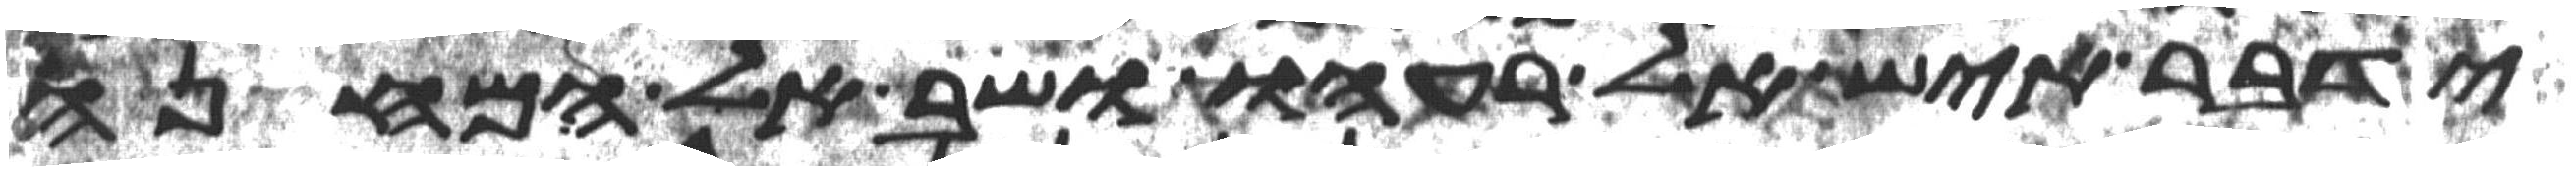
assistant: ידבר איש אל רעהו ושב אל המחנה